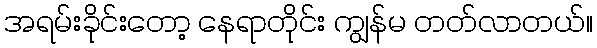
အရမ်းခိုင်းတော့ နေရာတိုင်း ကျွန်မ တတ်လာတယ်။